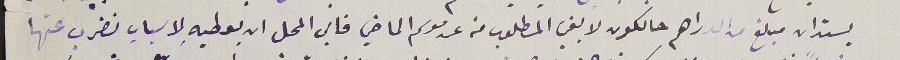
يستدان مبلغ من الدراهم حالكون لا يفي بالمطلوب من عند موسم الماضي فابى المحل ان يعطيهِ لاسباب نضرب عنها